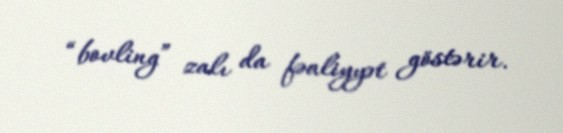
“bovling” zalı da fəaliyyət göstərir.